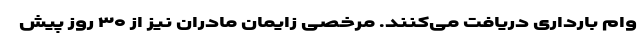
وام بارداری دریافت می‌کنند. مرخصی زایمان مادران نیز از ۳۰ روز پیش